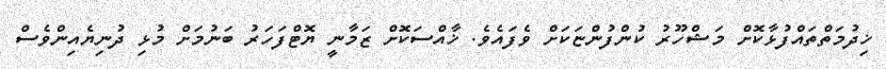
ޚިދުމަތްތައްފުޅާކޮށް މަޝްހޫރު ކުންފުންޏަކަށް ވެފައެވެ. ޚާއްސަކޮށް ޒަމާނީ ޔޮޓްފަހަރު ބަނުމަށް މުޅި ދުނިޔެއިންވެސް